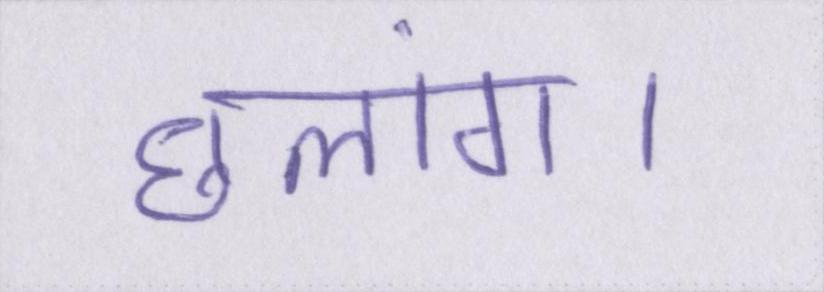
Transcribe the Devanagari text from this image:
छलांग।